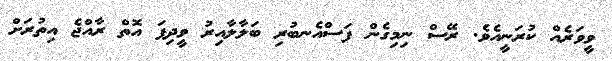
ވީވަރެއް ކުރަނީއެވެ. ރޭސް ނިމިގެން ފަސްއެނބުރި ބަލާލާއިރު ވީދިފަ އޮތް ރާއްޖެ އިތުރަށް